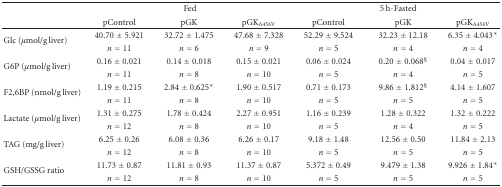
<table><thead><tr><td rowspan="2"></td><td colspan="3"><b>Fed</b></td><td colspan="3"><b>5 h-Fasted</b></td></tr><tr><td><b>pControl</b></td><td><b>pGK</b></td><td><b>pGK<sub>A456V</sub></b></td><td><b>pControl</b></td><td><b>pGK</b></td><td><b>pGK<sub>A456V</sub></b></td></tr></thead><tbody><tr><td rowspan="2">Glc (<i>μ</i>mol/g liver)</td><td>40.70 ± 5.921</td><td>32.72 ± 1.475</td><td>47.68 ± 7.328</td><td>52.29 ± 9.524</td><td>32.23 ± 12.18</td><td>6.35 ± 4.043*</td></tr><tr><td><i>n</i> = 11</td><td><i>n</i> = 6</td><td><i>n</i> = 9</td><td><i>n</i> = 5</td><td><i>n</i> = 4</td><td><i>n</i> = 4</td></tr><tr><td rowspan="2">G6P (<i>μ</i>mol/g liver)</td><td>0.16 ± 0.021</td><td>0.14 ± 0.018</td><td>0.15 ± 0.021</td><td>0.06 ± 0.024</td><td>0.20 ± 0.068<sup>§</sup></td><td>0.04 ± 0.017</td></tr><tr><td><i>n</i> = 11</td><td><i>n</i> = 8</td><td><i>n</i> = 10</td><td><i>n</i> = 5</td><td><i>n</i> = 4</td><td><i>n</i> = 5</td></tr><tr><td rowspan="2">F2,6BP (nmol/g liver)</td><td>1.19 ± 0.215</td><td>2.84 ± 0.625*</td><td>1.90 ± 0.517</td><td>0.71 ± 0.173</td><td>9.86 ± 1.812<sup>§</sup></td><td>4.14 ± 1.607</td></tr><tr><td><i>n</i> = 11</td><td><i>n</i> = 8</td><td><i>n</i> = 10</td><td><i>n</i> = 5</td><td><i>n</i> = 5</td><td><i>n</i> = 5</td></tr><tr><td rowspan="2">Lactate (<i>μ</i>mol/g liver)</td><td>1.31 ± 0.275</td><td>1.78 ± 0.424</td><td>2.27 ± 0.951</td><td>1.16 ± 0.239</td><td>1.28 ± 0.322</td><td>1.32 ± 0.222</td></tr><tr><td><i>n</i> = 12</td><td><i>n</i> = 8</td><td><i>n</i> = 10</td><td><i>n</i> = 5</td><td><i>n</i> = 4</td><td><i>n</i> = 5</td></tr><tr><td rowspan="2">TAG (mg/g liver)</td><td>6.25 ± 0.26</td><td>6.08 ± 0.36</td><td>6.26 ± 0.17</td><td>9.18 ± 1.48</td><td>12.56 ± 0.50</td><td>11.84 ± 2.13</td></tr><tr><td><i>n</i> = 12</td><td><i>n</i> = 8</td><td><i>n</i> = 10</td><td><i>n</i> = 5</td><td><i>n</i> = 5</td><td><i>n</i> = 5</td></tr><tr><td rowspan="2">GSH/GSSG ratio</td><td>11.73 ± 0.87</td><td>11.81 ± 0.93</td><td>11.37 ± 0.87</td><td>5.372 ± 0.49</td><td>9.479 ± 1.38</td><td>9.926 ± 1.84*</td></tr><tr><td><i>n</i> = 12</td><td><i>n</i> = 8</td><td><i>n</i> = 10</td><td><i>n</i> = 5</td><td><i>n</i> = 5</td><td><i>n</i> = 5</td></tr></tbody></table>